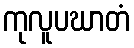
ကုလူပဃာတံ